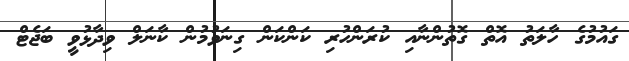
ގައުމުގެ ހާލަތު އޮތް ގޮތުންނާއި ކުރަންހުރި ކަންކަން ގިނަވުމުން ކާނަލް ވިދާޅުވީ ބަޖެޓް